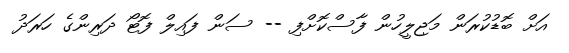
އަށް ބޮޑުކުރަން މަޖިލީހުން ފާސްކޮށްފި -- ސަން ފައިލް ފޮޓޯ ދަރިންގެ ހަރަދު